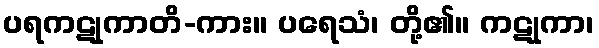
ပရကဋုကာတိ-ကား။ ပရေသံ၊ တို့၏။ ကဋုကာ၊